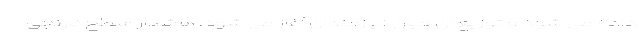
داده می شود و توزیع آن میان نیازمندان آغاز می شود. هشدار سطح نارنجی